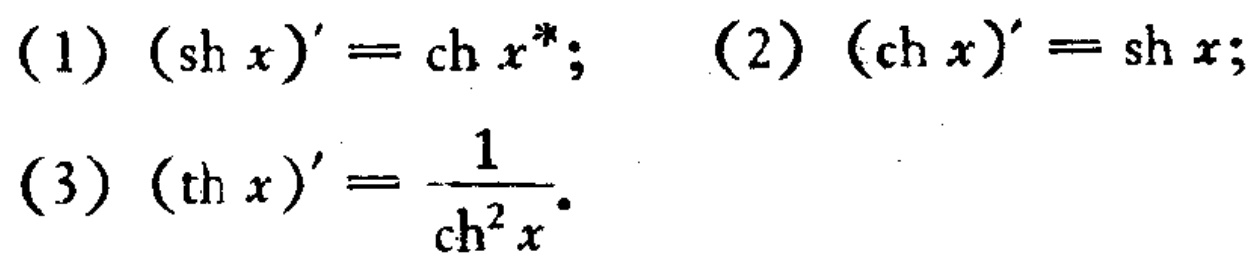
(1) \((\mathrm{sh}\, x)' = \mathrm{ch}\, x\); (2) \((\mathrm{ch}\, x)' = \mathrm{sh}\, x\); (3) \((\mathrm{th}\, x)' = \frac{1}{\mathrm{ch}^{2}x}\)